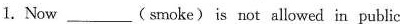
1. Now ___(smoke) is not allowed in public